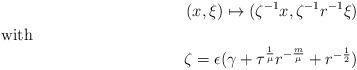
LaTeX: \begin{align*}(x,\xi )\mapsto (\zeta ^{-1}x,\zeta ^{-1}r ^{-1}\xi )\\\shortintertext{with}\zeta=\epsilon(\gamma+\tau^{\frac{1}{\mu}}r^{-\frac{m}{\mu}}+r^{-\frac{1}{2}})\end{align*}